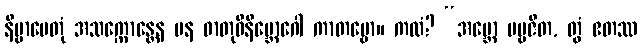
နိဗ္ဗာပေတုံ အသက္ကောန္တေန ပန ဓာတုဝိနိဗ္ဘောဂေါ ကာတဗ္ဗော။ ကထံ? “အမ္ဘော ပဗ္ဗဇိတ, တွံ ဧတဿ